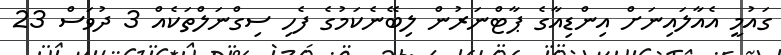
ގައުމީ އެއާލައިނަށް އިންޑިއާގެ ޕާޓްނަރުން ލިބޭނެކަމުގެ ފެހި ސިގްނަލްތަކެއް 3 ދުވަސް 23